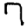
Digit: 7